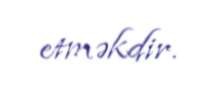
etməkdir.